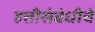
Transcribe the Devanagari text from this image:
हत्तीसंबंधीचे